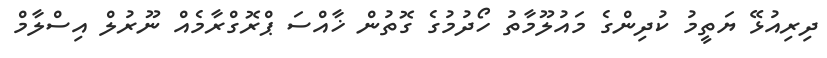
ދިރިއުޅޭ ޔަތީމު ކުދިންގެ މައުލޫމާތު ހޯދުމުގެ ގޮތުން ޚާއްސަ ޕްރޮގްރާމެއް ނޫރުލް އިސްލާމް